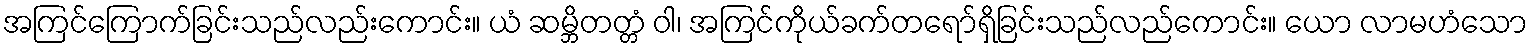
အကြင်ကြောက်ခြင်းသည်လည်းကောင်း။ ယံ ဆမ္ဘိတတ္တံ ဝါ၊ အကြင်ကိုယ်ခက်တရော်ရှိခြင်းသည်လည်ကောင်း။ ယော လာမဟံသော